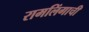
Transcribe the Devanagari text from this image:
रामलिंगाची